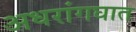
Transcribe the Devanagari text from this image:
अधरांगघात